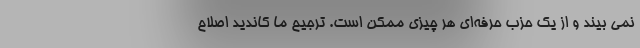
نمی بیند و از یک حزب حرفه‌ای هر چیزی ممکن است. ترجیح ما کاندید اصلاح